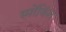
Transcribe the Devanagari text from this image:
स्मोंकिंग